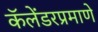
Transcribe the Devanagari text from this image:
कॅलेंडरप्रमाणे